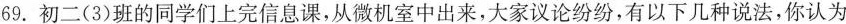
69.初二(3)班的同学们上完信息课，从微机室中出来，大家议论纷纷，有以下几种说法，你认为